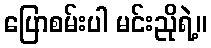
ပြောစမ်းပါ မင်းညိုရဲ့။